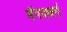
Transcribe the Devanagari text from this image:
मॅगजबर्ग